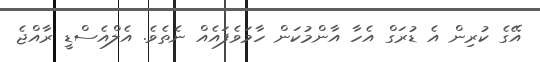
އޭގެ ކުރިން އެ ޑުރަގް އެހާ އާންމުކަން ހާމަވެފައެއް ނެތެވެ. އެލްއެސްޑީ ރާއްޖެ